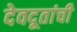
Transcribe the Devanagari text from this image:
देवदूतांची